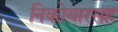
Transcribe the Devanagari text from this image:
निकोबारसह